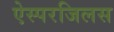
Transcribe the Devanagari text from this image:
ऐस्परजिलस